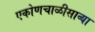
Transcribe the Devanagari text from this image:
एकोणचाळीसाव्या